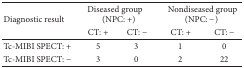
| <ROWSPAN=2> Diagnostic result | <COLSPAN=2> Diseased group(NPC: +) | <COLSPAN=2> Nondiseased group(NPC: −) |
 | CT: + | CT: − | CT: + | CT: − |
 | --- | --- | --- | --- | --- |
 | Tc-MIBI SPECT: + | 5 | 3 | 1 | 0 |
 | Tc-MIBI SPECT: − | 3 | 0 | 2 | 22 |